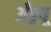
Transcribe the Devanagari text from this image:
अँड्रयू